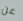
عن